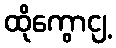
ထိုကွောငျ့